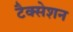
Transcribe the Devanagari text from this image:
टैक्सेशन